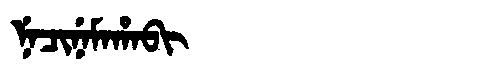
Manchu: ᠨᡝᠴᡳᠨᡝᠮᠠᡥᠠᠪᡳ
Romanization: NECINEMAHABI